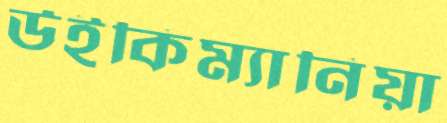
উইকিম্যানিয়া